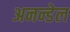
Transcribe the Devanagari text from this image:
अनन्डेल